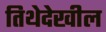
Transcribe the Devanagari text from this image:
तिथेदेखील